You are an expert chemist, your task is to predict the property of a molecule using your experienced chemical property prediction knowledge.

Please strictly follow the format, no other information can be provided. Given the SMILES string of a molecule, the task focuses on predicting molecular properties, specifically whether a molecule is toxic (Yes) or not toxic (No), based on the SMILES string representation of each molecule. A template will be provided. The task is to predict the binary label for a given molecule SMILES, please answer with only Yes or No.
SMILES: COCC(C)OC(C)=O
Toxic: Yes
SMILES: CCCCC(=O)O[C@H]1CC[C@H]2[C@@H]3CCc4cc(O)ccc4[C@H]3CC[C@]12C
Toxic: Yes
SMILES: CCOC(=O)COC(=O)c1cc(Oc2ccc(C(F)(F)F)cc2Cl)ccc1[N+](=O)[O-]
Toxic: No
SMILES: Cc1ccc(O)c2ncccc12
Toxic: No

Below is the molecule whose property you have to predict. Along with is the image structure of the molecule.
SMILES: O=C(OCCN1CCCCC1)C(O)(c1ccccc1)c1ccccc1
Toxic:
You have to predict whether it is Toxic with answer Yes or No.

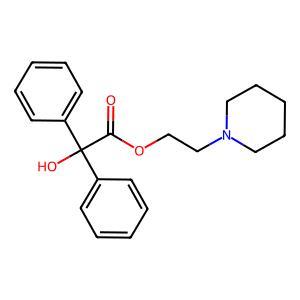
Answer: No